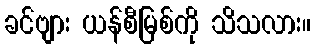
ခင်ဗျား ယန်စီမြစ်ကို သိသလား။